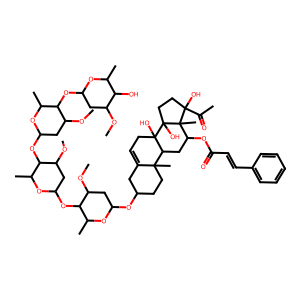
SMILES: COC1CC(OC2C(C)OC(OC3C(C)OC(OC4C(C)OC(OC5CCC6(C)C(=CCC7(O)C6CC(OC(=O)C=Cc6ccccc6)C6(C)C(O)(C(C)=O)CCC76O)C5)CC4OC)CC3OC)CC2OC)OC(C)C1O
Inhibits HIV replication: No